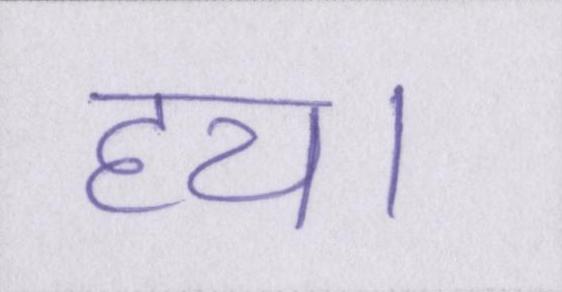
हय।